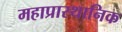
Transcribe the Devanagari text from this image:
महाप्रास्थानिक